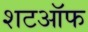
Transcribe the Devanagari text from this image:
शटऑफ